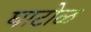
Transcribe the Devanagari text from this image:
घाटोळ